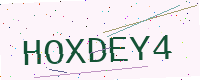
Text: HOXDEY4